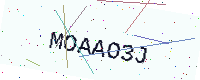
Text: MOAAO3J